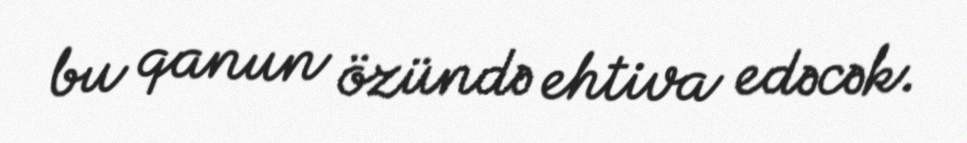
bu qanun özündə ehtiva edəcək.